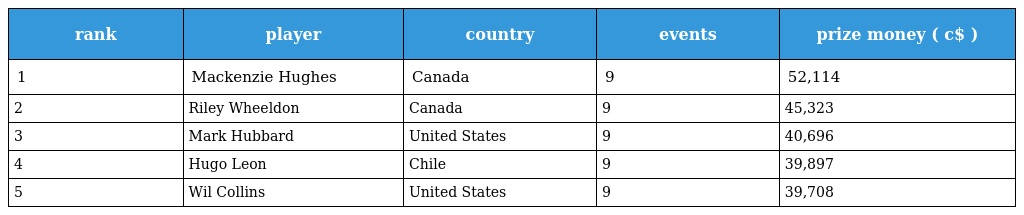
| rank | player | country | events | prize money ( c$ ) |
 | --- | --- | --- | --- | --- |
 | 1 | Mackenzie Hughes | Canada | 9 | 52,114 |
 | 2 | Riley Wheeldon | Canada | 9 | 45,323 |
 | 3 | Mark Hubbard | United States | 9 | 40,696 |
 | 4 | Hugo Leon | Chile | 9 | 39,897 |
 | 5 | Wil Collins | United States | 9 | 39,708 |